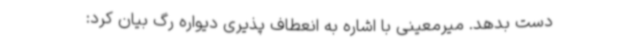
دست بدهد. میرمعینی با اشاره به ‌انعطاف پذیری دیواره رگ بیان کرد: